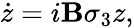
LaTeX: \dot{z}=i\mathbf{B}\sigma_{3}z,